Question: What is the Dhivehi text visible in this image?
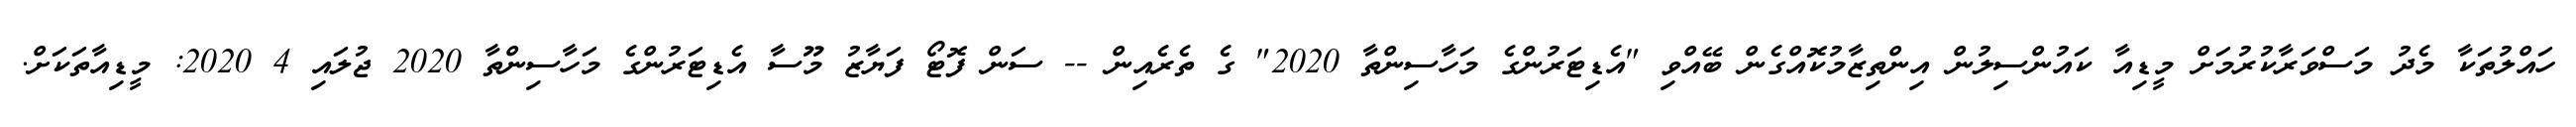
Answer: ހައްލުތަކާ މެދު މަސްވަރާކުރުމަށް މީޑިއާ ކައުންސިލުން އިންތިޒާމުކޮއްގެން ބޭއްވި "އެޑިޓަރުންގެ މަހާސިންތާ 2020" ގެ ތެރެއިން -- ސަން ފޮޓޯ ފަޔާޒު މޫސާ އެޑިޓަރުންގެ މަހާސިންތާ 2020 ޖުލައި 4 2020: މީޑިއާތަކަށް.